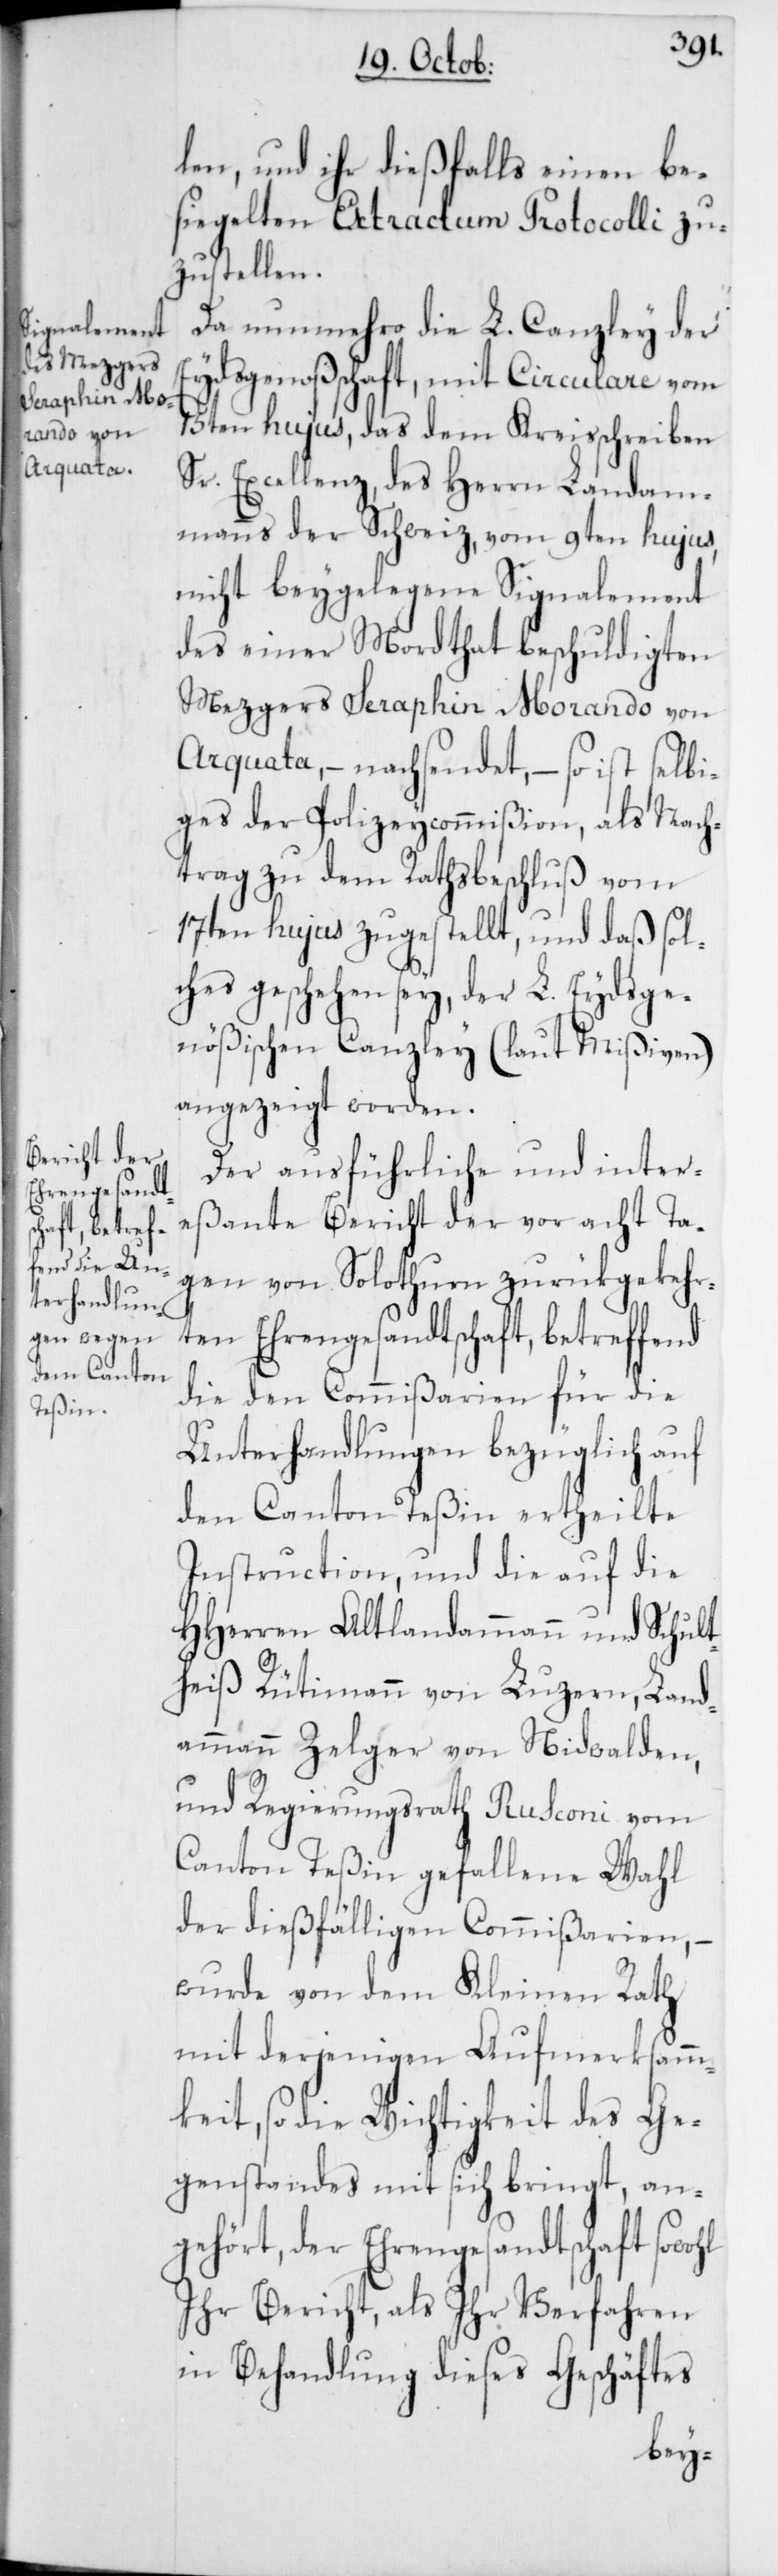
len, und ihr dießfalls einen be¬
siegelten Extractum Protocolli zu¬
zustellen.
Da nunmehro die L. Canzley der
Eydsgenoßenschaft, mit Circulare vom
15ten hujus, das dem Kreisschreiben
Sr. Excellenz, des Herrn Landam¬
manns der Schweiz, vom 9ten hujus,
nicht beygelegene Signalement
des einer Mordthat beschuldigten
Mezgers Seraphin Morando von
Arquata, – nachsendet, – so ist selbi¬
ges der Polizeycommißion, als Nach¬
trag zu dem Rathsbeschluß vom
17ten hujus zugestellt, und daß sol¬
ches geschehen sey, der L. Eydsge¬
nößischen Canzley (laut Mißiven)
angezeigt worden.
Der ausführliche und inter¬
eßante Bericht der vor acht Ta¬
gen von Solothurn zurükgekehr¬
ten Ehrengesandtschaft, betreffend
die den Commißarien für die
Unterhandlungen bezüglich auf
den Canton Teßin ertheilte
Instruction, und die auf die
HHerren alt Landammann und Schult¬
heiß Rütimann von Luzern, Land¬
ammann Zelger von Nidwalden,
und Regierungsrath Rusconi vom
Canton Teßin gefallene Wahl
der dießfälligen Commißarien, –
wurde von dem Kleinen Rath
mit derjenigen Aufmerksam¬
keit, so die Wichtigkeit des Ge¬
genstandes mit sich bringt, an¬
gehört, der Ehrengesandtschaft
Ihr Bericht, als Ihr Verfahren
in Behandlung dieses Geschäftes